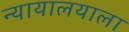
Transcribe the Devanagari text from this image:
न्यायालयाला